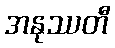
အနုဿတီ